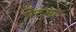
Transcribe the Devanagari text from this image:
पेटमट